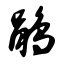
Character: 鹃